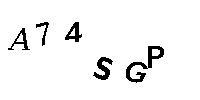
A74SGP